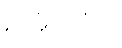
ဥက္ကဋ္ဌာယံ